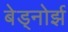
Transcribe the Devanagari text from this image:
बेड्नोर्झ